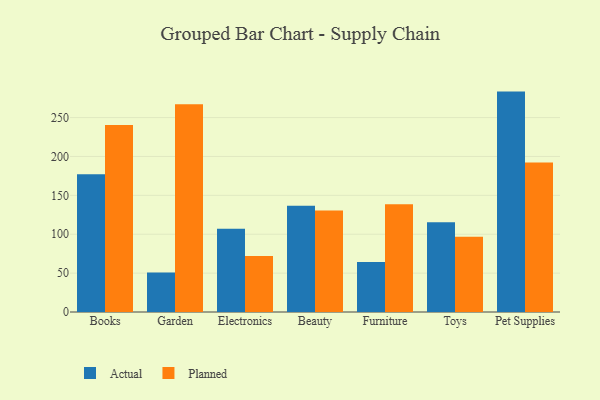
{"axis": {"x": "Category", "y": "Budget (USD K)"}, "legend": ["Actual", "Planned"], "data": [{"x": "Books", "y": 177.2, "type": "Actual"}, {"x": "Books", "y": 240.4, "type": "Planned"}, {"x": "Garden", "y": 50.9, "type": "Actual"}, {"x": "Garden", "y": 267.2, "type": "Planned"}, {"x": "Electronics", "y": 107.2, "type": "Actual"}, {"x": "Electronics", "y": 71.9, "type": "Planned"}, {"x": "Beauty", "y": 136.6, "type": "Actual"}, {"x": "Beauty", "y": 130.6, "type": "Planned"}, {"x": "Furniture", "y": 64.3, "type": "Actual"}, {"x": "Furniture", "y": 138.7, "type": "Planned"}, {"x": "Toys", "y": 115.5, "type": "Actual"}, {"x": "Toys", "y": 96.6, "type": "Planned"}, {"x": "Pet Supplies", "y": 283.4, "type": "Actual"}, {"x": "Pet Supplies", "y": 192.3, "type": "Planned"}]}